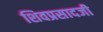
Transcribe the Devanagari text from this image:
शिवप्रसादजी